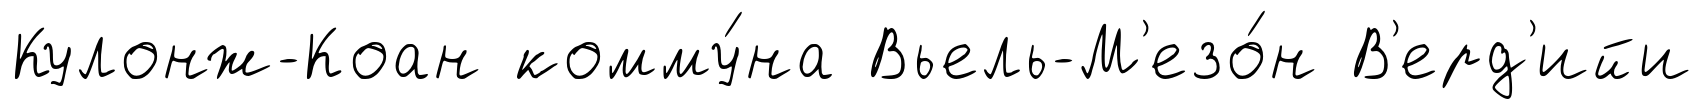
Кулонж-Коан комму́на Вьель-М'езо́н В'ерд'ийи